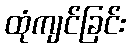
ထုံကျင်ခြင်း